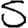
Digit: 5